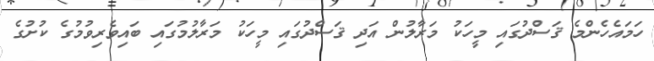
ހަމައެހެންމެ ޤަސްދުގައި މީހަކު މަރާލުން އަދި ޤަސްދުގައި މީހަކު މަރާލުމުގައި ބައިވެރިވުމުގެ ކުށުގެ